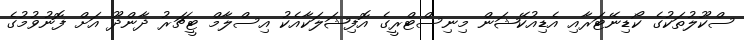
ސްކޫލުތަކުގެ ކޯޑިނޭޓަރާއި އެޑިއުކޭޝަން މިނިސްޓްރީގެ އޮފިޝަލަކާއެކު އިސްލާމް ޓީޗަރު ދާންދޫ އަށް ފޮނުވުމުގެ